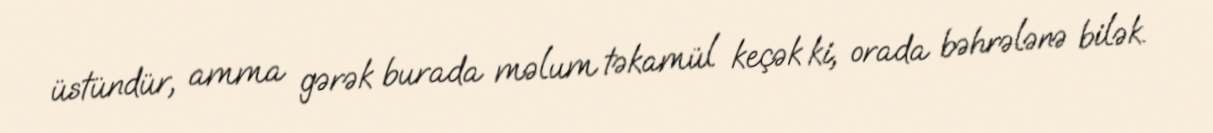
üstündür, amma gərək burada məlum təkamül keçək ki, orada bəhrələnə bilək.